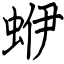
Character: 蛜